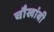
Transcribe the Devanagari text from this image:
चौखांबी